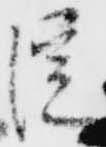
淀